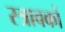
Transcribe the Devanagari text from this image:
स्त्रावकों